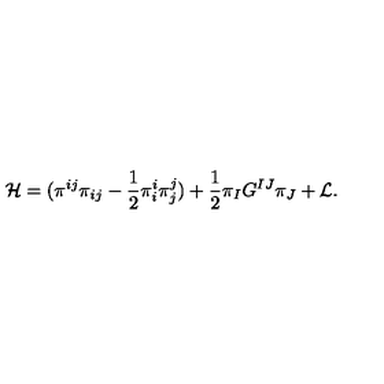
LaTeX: { \cal { H } } = ( \pi ^ { i j } \pi _ { i j } - \frac { 1 } { 2 } \pi _ { i } ^ { i } \pi _ { j } ^ { j } ) + \frac { 1 } { 2 } \pi _ { I } G ^ { I J } \pi _ { J } + { \cal { L } } .